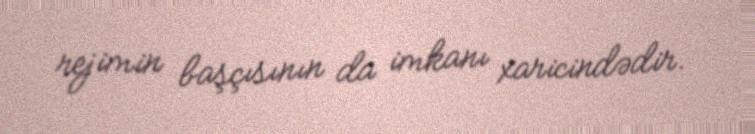
rejimin başçısının da imkanı xaricindədir.